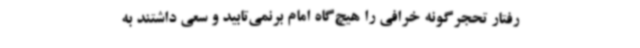
رفتار تحجرگونه خرافی را هیچ‌گاه امام برنمی‌تابید و سعی داشتند به